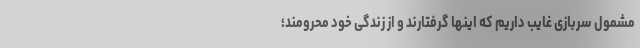
مشمول سربازی غایب داریم که اینها گرفتارند و از زندگی خود محرومند؛